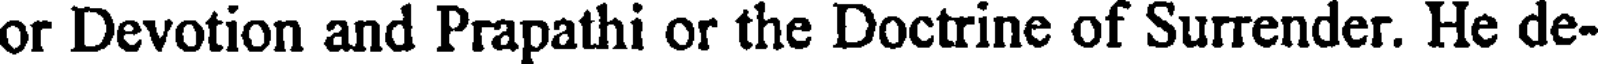
or Devotion and Prapathi or the Doctrine of Surrender. He de-